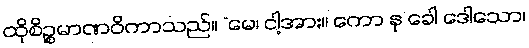
ထိုစိဉ္စမာဏဝိကာသည်။ “မေ၊ ငါ့အား။ ကော နု ခေါ ဒေါသော၊